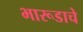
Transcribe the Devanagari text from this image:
भारूडाचे